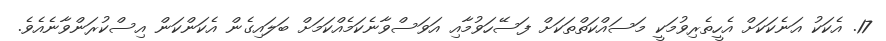
17. އެކަކު އަނެކަކަށް އެހީތެރިވުމަކީ މަސައްކަތްތަކަށް ފަސޭހަވުމާއި އަވަސްވާނެކަމެއްކަމަށް ބަލައިގެން އެކަންކަން އިސްކުރަންވާނެއެވެ.